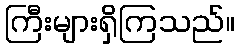
ကြီးများရှိကြသည်။